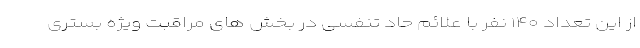
از این تعداد ۱۴۰ نفر با علائم حاد تنفسی در بخش های مراقبت ویژه بستری